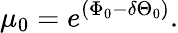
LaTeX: \mu_{0}=e^{\left(\Phi_{0}-\delta\Theta_{0}\right)}.